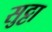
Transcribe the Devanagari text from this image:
सुट्टा